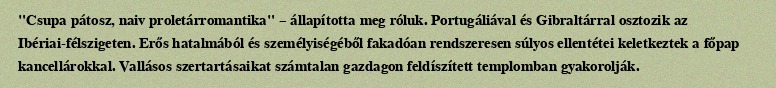
"Csupa pátosz, naiv proletárromantika" – állapította meg róluk. Portugáliával és Gibraltárral osztozik az Ibériai-félszigeten. Erős hatalmából és személyiségéből fakadóan rendszeresen súlyos ellentétei keletkeztek a főpap kancellárokkal. Vallásos szertartásaikat számtalan gazdagon feldíszített templomban gyakorolják.